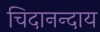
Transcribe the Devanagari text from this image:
चिदानन्दाय